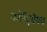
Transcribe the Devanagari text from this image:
कॉलिज़ीयम